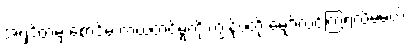
အရှင့်ထံမှ စောင်မ ကယ်တင်မှုကို ကျွန်ုပ်တို့ မျှော်လင့်ကြရလိမ့်မယ်